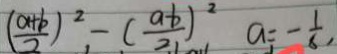
( \frac { a + b } { 2 } ) ^ { 2 } - ( \frac { a - b } { 2 } ) ^ { 2 } a = - \frac { 1 } { 6 } ,